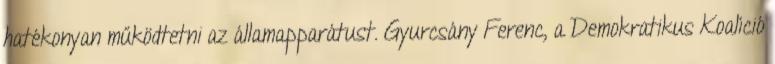
hatékonyan működtetni az államapparátust. Gyurcsány Ferenc, a Demokratikus Koalíció